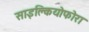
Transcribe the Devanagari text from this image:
साइक्लियोफोरा